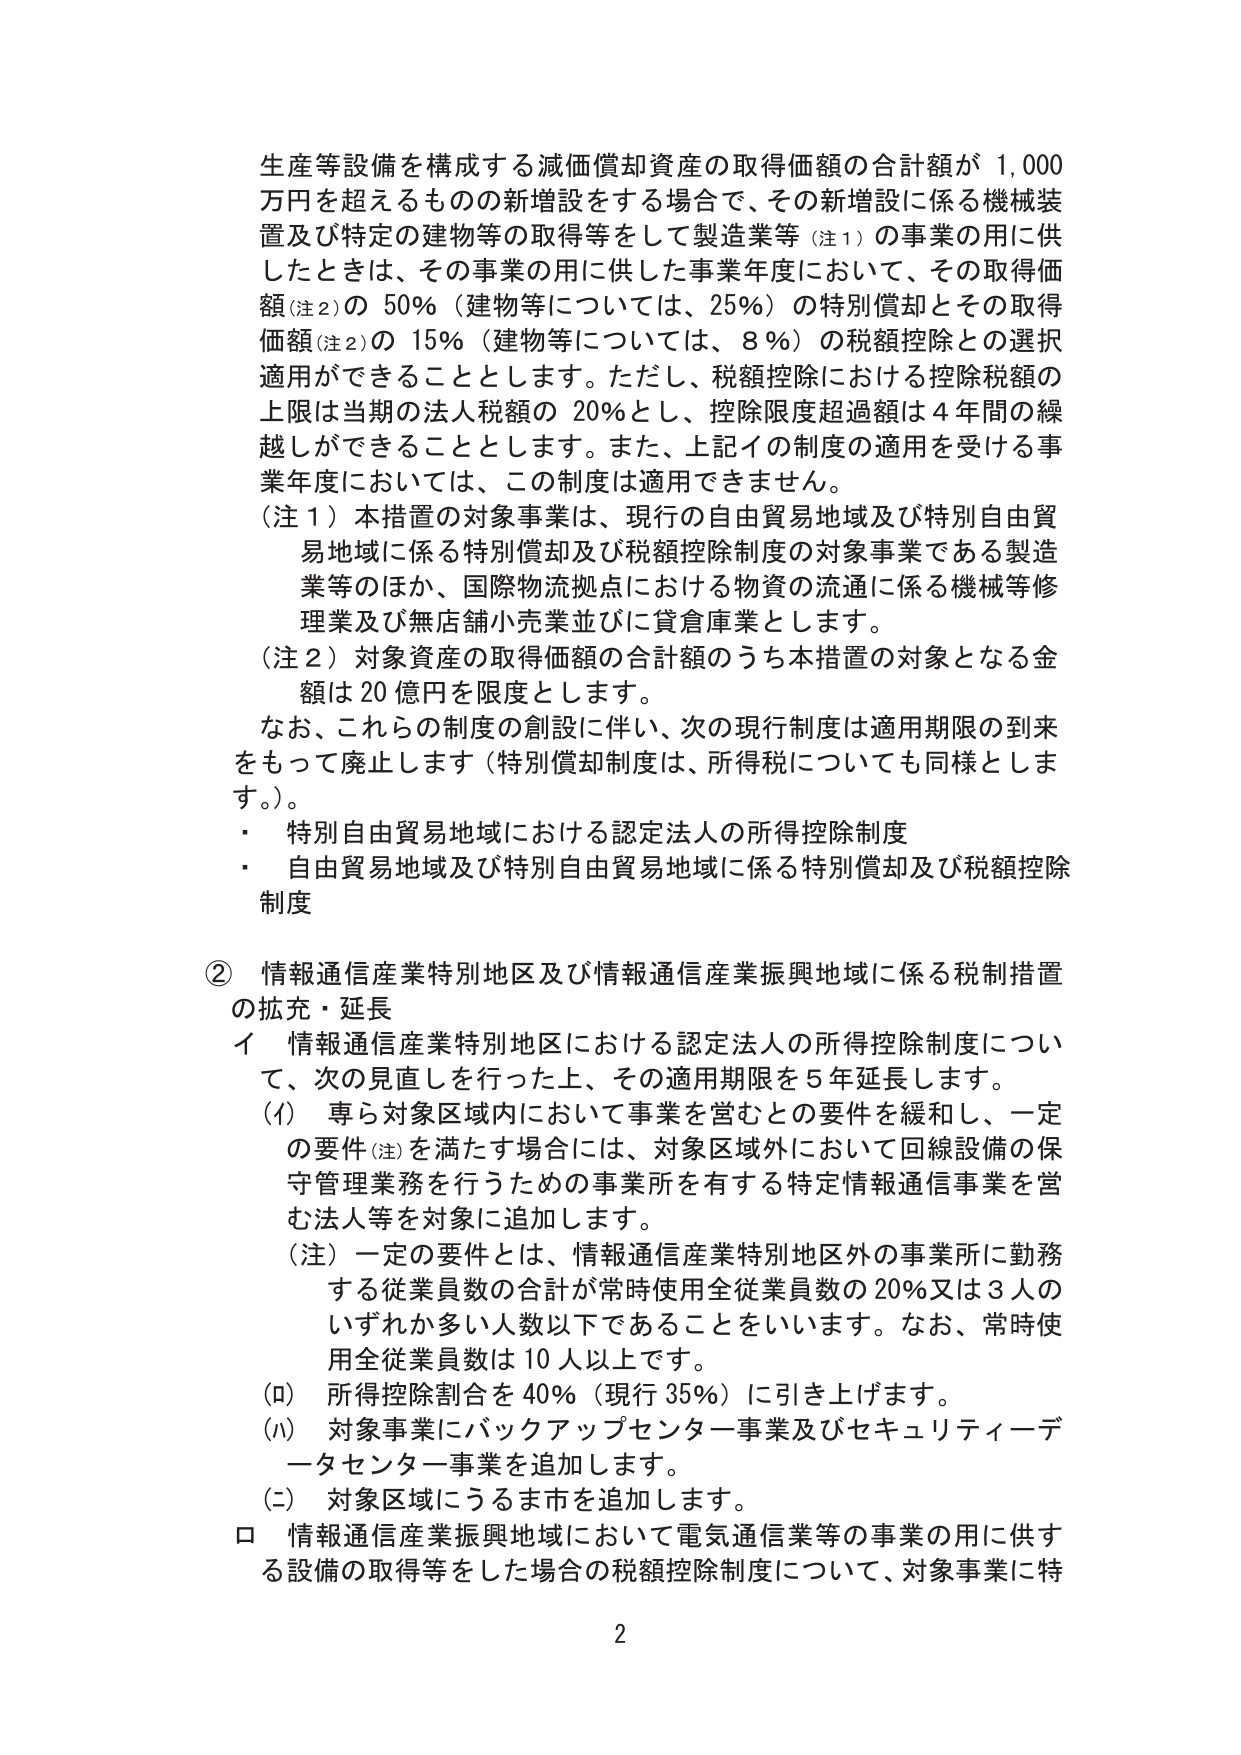
生産等設備を構成する減価償却資産の取得価額の合計額が 1,000
万円を超えるものの新増設をする場合で、その新増設に係る機械装
置及び特定の建物等の取得等をして製造業等（注１）の事業の用に供
したときは、その事業の用に供した事業年度において、その取得価
額（注２）の 50％（建物等については、25％）の特別償却とその取得
価額（注２）の 15％（建物等については、8％）の税額控除との選択
適用ができることとします。ただし、税額控除における控除税額の
上限は当期の法人税額の 20％とし、控除限度超過額は４年間の繰
越しができることとします。また、上記イの制度の適用を受ける事
業年度においては、この制度は適用できません。
（注１）本措置の対象事業は、現行の自由貿易地域及び特別自由貿
易地域に係る特別償却及び税額控除制度の対象事業である製造
業等のほか、国際物流拠点における物資の流通に係る機械等修
理業及び無店舗小売業並びに貸倉庫業とします。
（注２）対象資産の取得価額の合計額のうち本措置の対象となる金
額は 20 億円を限度とします。
なお、これらの制度の創設に伴い、次の現行制度は適用期限の到来
をもって廃止します（特別償却制度は、所得税についても同様としま
す。）。
・ 特別自由貿易地域における認定法人の所得控除制度
・ 自由貿易地域及び特別自由貿易地域に係る特別償却及び税額控除
制度

② 情報通信産業特別地区及び情報通信産業振興地域に係る税制措置
の拡充・延長
イ 情報通信産業特別地区における認定法人の所得控除制度につい
て、次の見直しを行った上、その適用期限を５年延長します。
（イ） 専ら対象区域内において事業を営むとの要件を緩和し、一定
の要件（注）を満たす場合には、対象区域外において回線設備の保
守管理業務を行うための事業所を有する特定情報通信事業を営
む法人等を対象に追加します。
（注）一定の要件とは、情報通信産業特別地区外の事業所に勤務
する従業員数の合計が常時使用全従業員数の20％又は3人の
いずれか多い人数以下であることをいいます。なお、常時使
用全従業員数は10人以上です。
（ロ） 所得控除割合を40％（現行35％）に引き上げます。
（ハ） 対象事業にバックアップセンター事業及びセキュリティーデ
ータセンター事業を追加します。
（ニ） 対象区域にうるま市を追加します。
ロ 情報通信産業振興地域において電気通信業等の事業の用に供す
る設備の取得等をした場合の税額控除制度について、対象事業に特

2